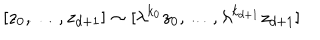
LaTeX: [ z _ { 0 } , \ldots , z _ { d + 1 } ] \sim [ \lambda ^ { k _ { 0 } } z _ { 0 } , \ldots , \lambda ^ { k _ { d + 1 } } z _ { d + 1 } ]